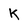
Character: K